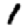
Digit: 1